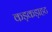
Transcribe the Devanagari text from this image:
कड़कड़ाहट